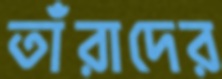
তাঁরাদের